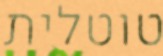
טוטלית